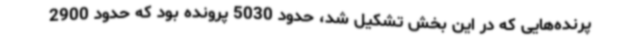
پرنده‌هایی که در این بخش تشکیل شد، حدود 5030 پرونده بود که حدود 2900